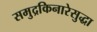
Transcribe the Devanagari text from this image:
समुद्रकिनारेसुद्धा